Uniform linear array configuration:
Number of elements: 8
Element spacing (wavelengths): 0.75
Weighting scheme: exponential
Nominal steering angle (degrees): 45
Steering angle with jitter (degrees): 43.342
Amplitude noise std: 0.05
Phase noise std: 0.05

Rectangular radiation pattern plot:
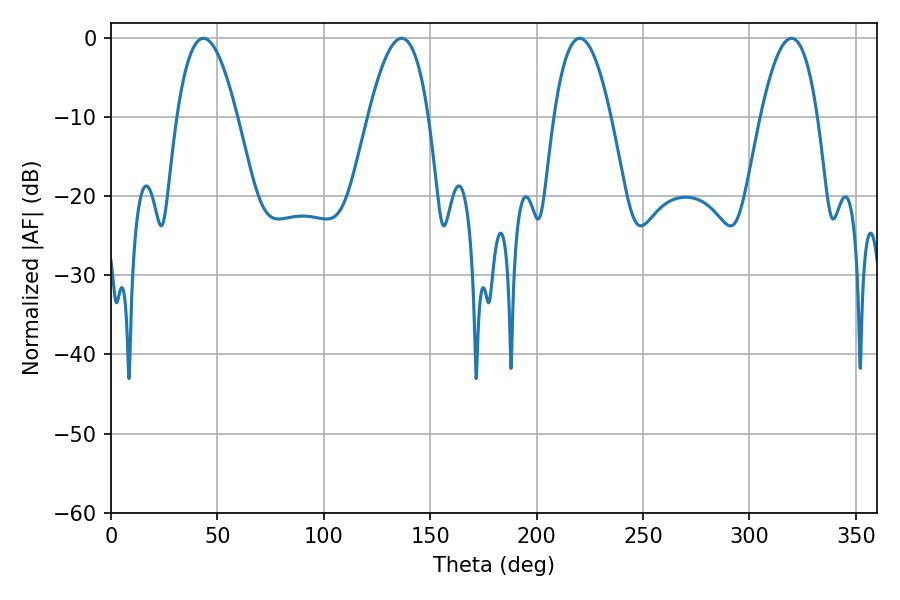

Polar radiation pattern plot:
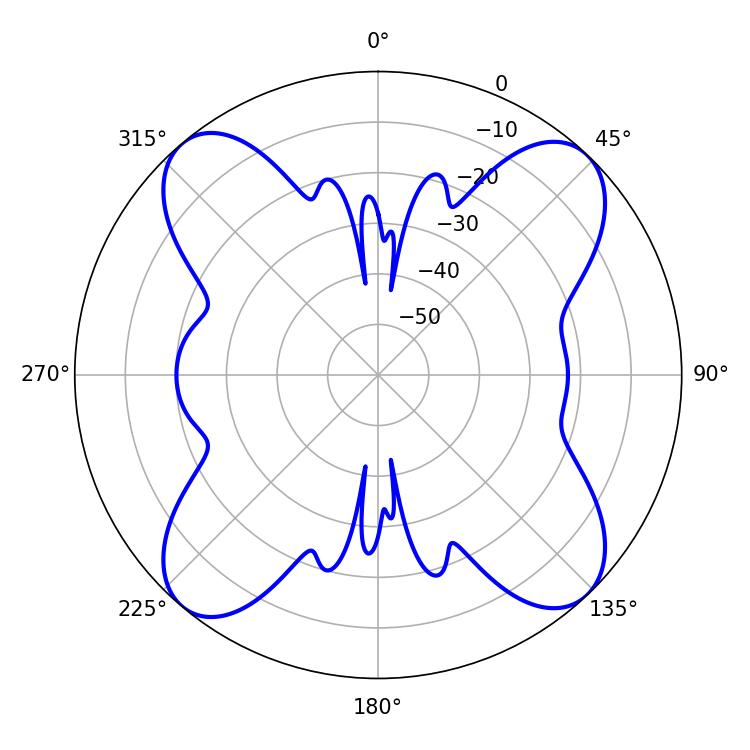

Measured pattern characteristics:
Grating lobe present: TRUE
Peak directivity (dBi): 16.41
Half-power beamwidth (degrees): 15.48
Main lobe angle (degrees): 43.38